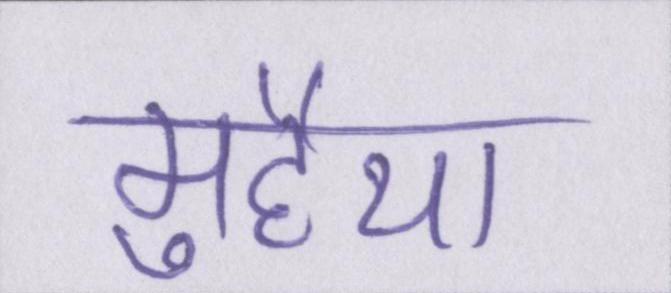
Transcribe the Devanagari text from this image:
मुहैया